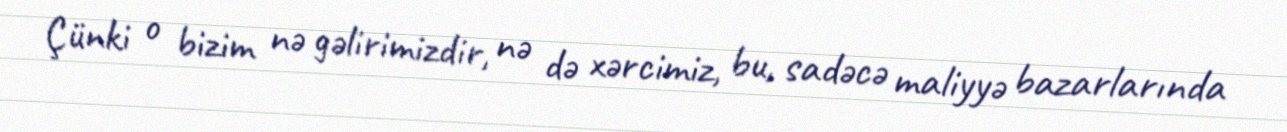
Çünki o bizim nə gəlirimizdir, nə də xərcimiz, bu, sadəcə maliyyə bazarlarında